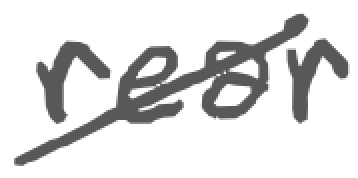
Text: rear
Cross-out: diagonal
Writing tool: digital_gray